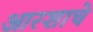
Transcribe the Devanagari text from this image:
आरशाचे